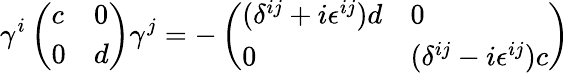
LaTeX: \gamma^{i}\left(\begin{array}{ll}{{c}}&{{0}}\\ {{0}}&{{d}}\end{array}\right)\gamma^{j}=-\left(\begin{array}{ll}{{(\delta^{ij}+i\epsilon^{ij})d}}&{{0}}\\ {{0}}&{{(\delta^{ij}-i\epsilon^{ij})c}}\end{array}\right)